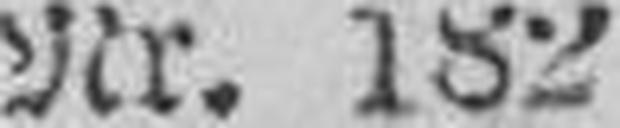
Nr. 182